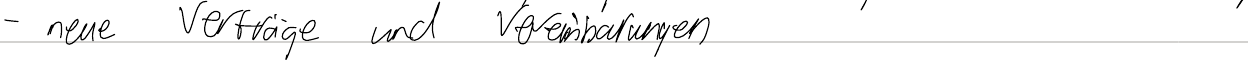
- neue Verträge und Vereinbarungen